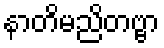
နာတိမညိတဗ္ဗာ